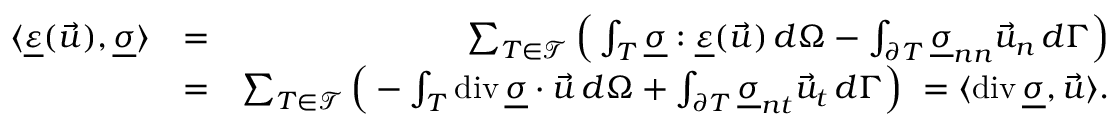
\begin{array} { r l r } { \langle \underline { { \varepsilon } } ( \vec { u } ) , \underline { { \sigma } } \rangle } & { = } & { \sum _ { T \in \mathcal { T } } \Big ( \int _ { T } \underline { { \sigma } } : \underline { { \varepsilon } } ( \vec { u } ) \, d \Omega - \int _ { \partial T } \underline { { \sigma } } _ { n n } \vec { u } _ { n } \, d \Gamma \Big ) } \\ & { = } & { \sum _ { T \in \mathcal { T } } \Big ( - \int _ { T } \operatorname { d i v } \underline { { \sigma } } \cdot \vec { u } \, d \Omega + \int _ { \partial T } \underline { { \sigma } } _ { n t } \vec { u } _ { t } \, d \Gamma \Big ) \ = \- \langle \operatorname { d i v } \underline { { \sigma } } , \vec { u } \rangle . } \end{array}